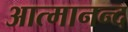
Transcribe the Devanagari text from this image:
आत्‍मानन्द